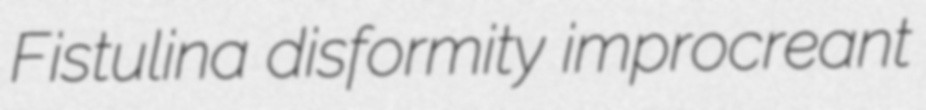
Fistulina disformity improcreant